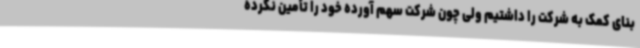
بنای کمک به شرکت را داشتیم ولی چون شرکت سهم آورده خود را تأمین نکرده